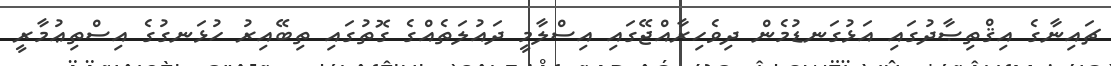
ޗައިނާގެ އިޤްތިޞާދުގައި އަޅުގަނޑުމެން ދިވެހިރާއްޖޭގައި އިސްލާމީ ދައުލަތެއްގެ ގޮތުގައި ތިބޭއިރު ހުޅަނގުގެ އިސްތިޢުމާރީ